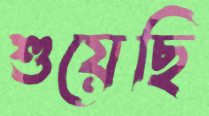
শুয়েছি